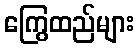
ကြွေထည်များ